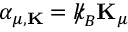
\alpha _ { \mu , { \bf K } } = { \slash \! \! \! k } _ { \! { B } } { \bf K } _ { \mu }